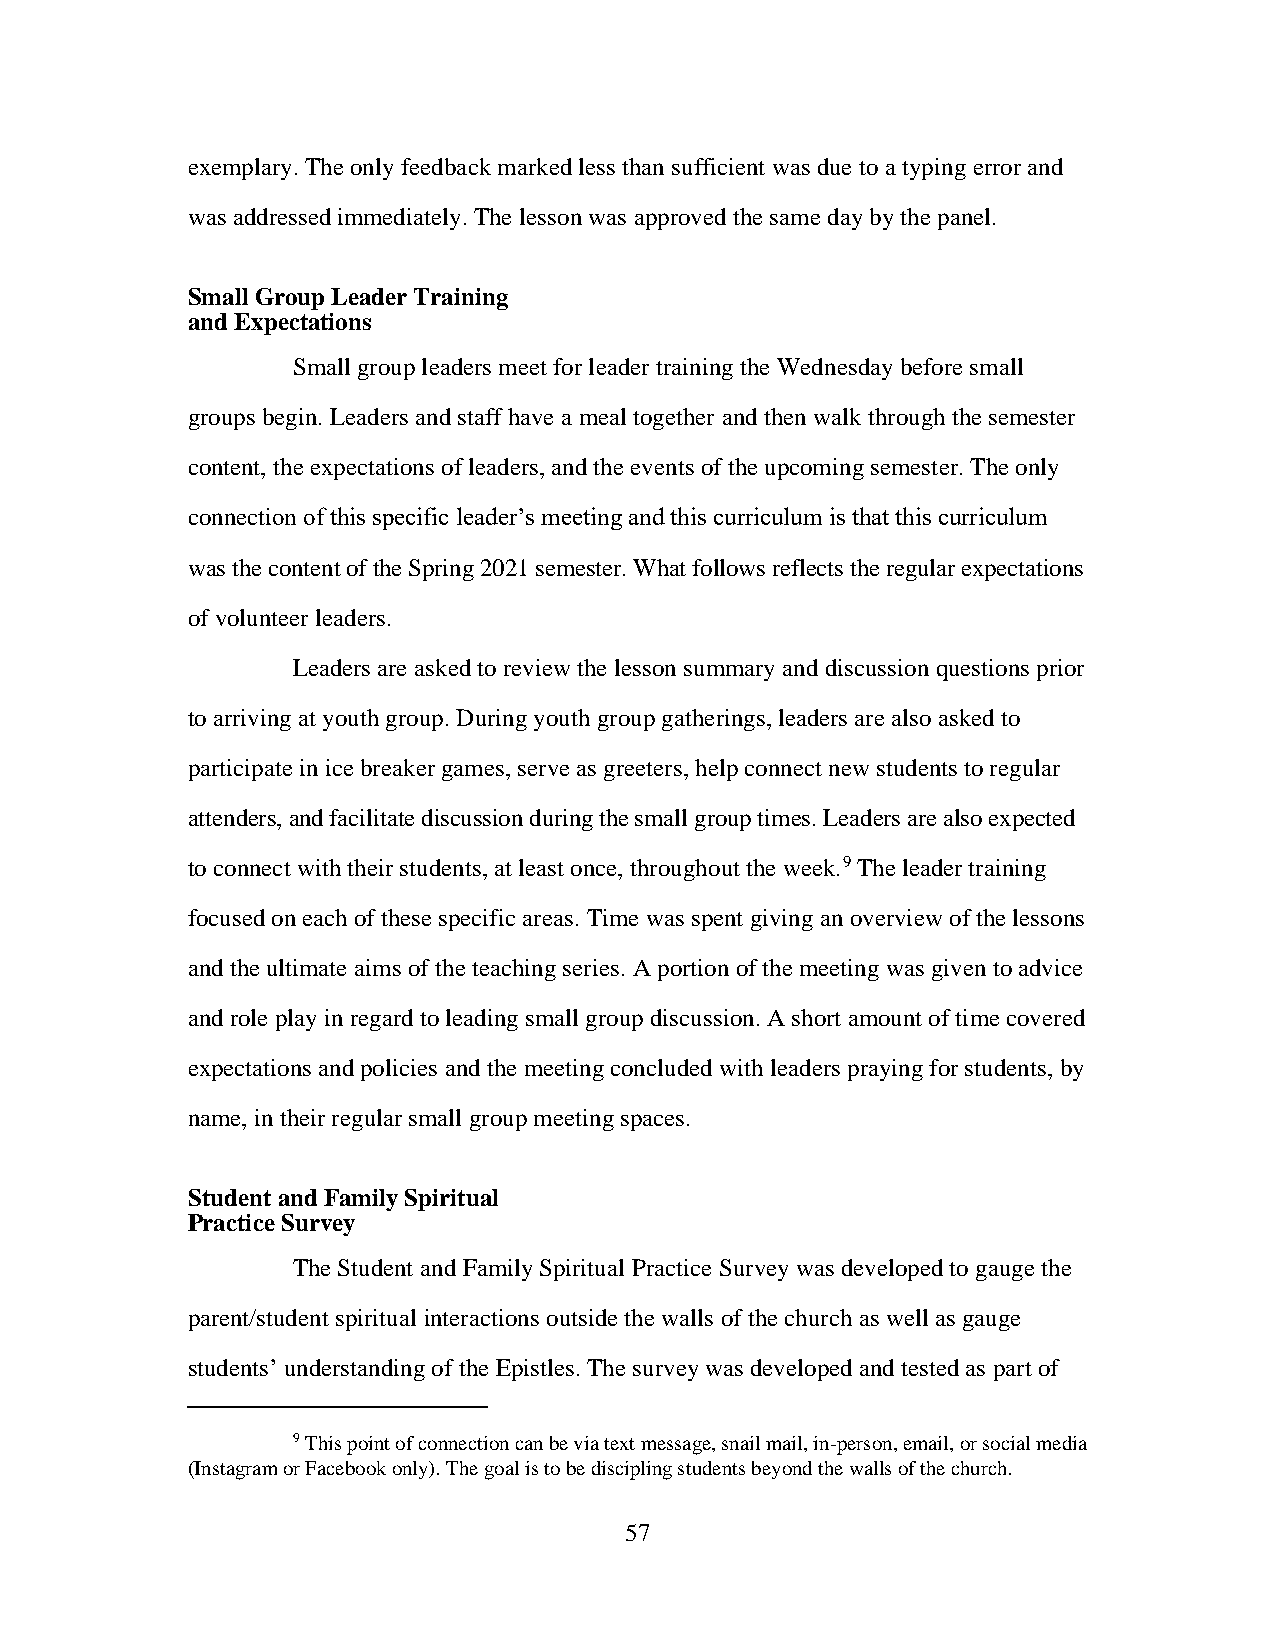
exemplary. The only feedback marked less than sufficient was due to a typing error and
 was addressed immediately. The lesson was approved the same day by the panel.
 Small Group Leader Training
 and Expectations
 Small group leaders meet for leader training the Wednesday before small
 groups begin. Leaders and staff have a meal together and then walk through the semester
 content, the expectations of leaders, and the events of the upcoming semester. The only
 connection of this specific leader’s meeting and this curriculum is that this curriculum
 was the content of the Spring 2021 semester. What follows reflects the regular expectations
 of volunteer leaders.
 Leaders are asked to review the lesson summary and discussion questions prior
 to arriving at youth group. During youth group gatherings, leaders are also asked to
 participate in ice breaker games, serve as greeters, help connect new students to regular
 attenders, and facilitate discussion during the small group times. Leaders are also expected
 to connect with their students, at least once, throughout the week.9 The leader training
 focused on each of these specific areas. Time was spent giving an overview of the lessons
 and the ultimate aims of the teaching series. A portion of the meeting was given to advice
 and role play in regard to leading small group discussion. A short amount of time covered
 expectations and policies and the meeting concluded with leaders praying for students, by
 name, in their regular small group meeting spaces.
 Student and Family Spiritual
 Practice Survey
 The Student and Family Spiritual Practice Survey was developed to gauge the
 parent/student spiritual interactions outside the walls of the church as well as gauge
 students’ understanding of the Epistles. The survey was developed and tested as part of
 9 This point of connection can be via text message, snail mail, in-person, email, or social media
 (Instagram or Facebook only). The goal is to be discipling students beyond the walls of the church.
 57